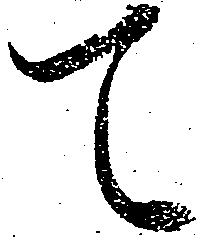
て